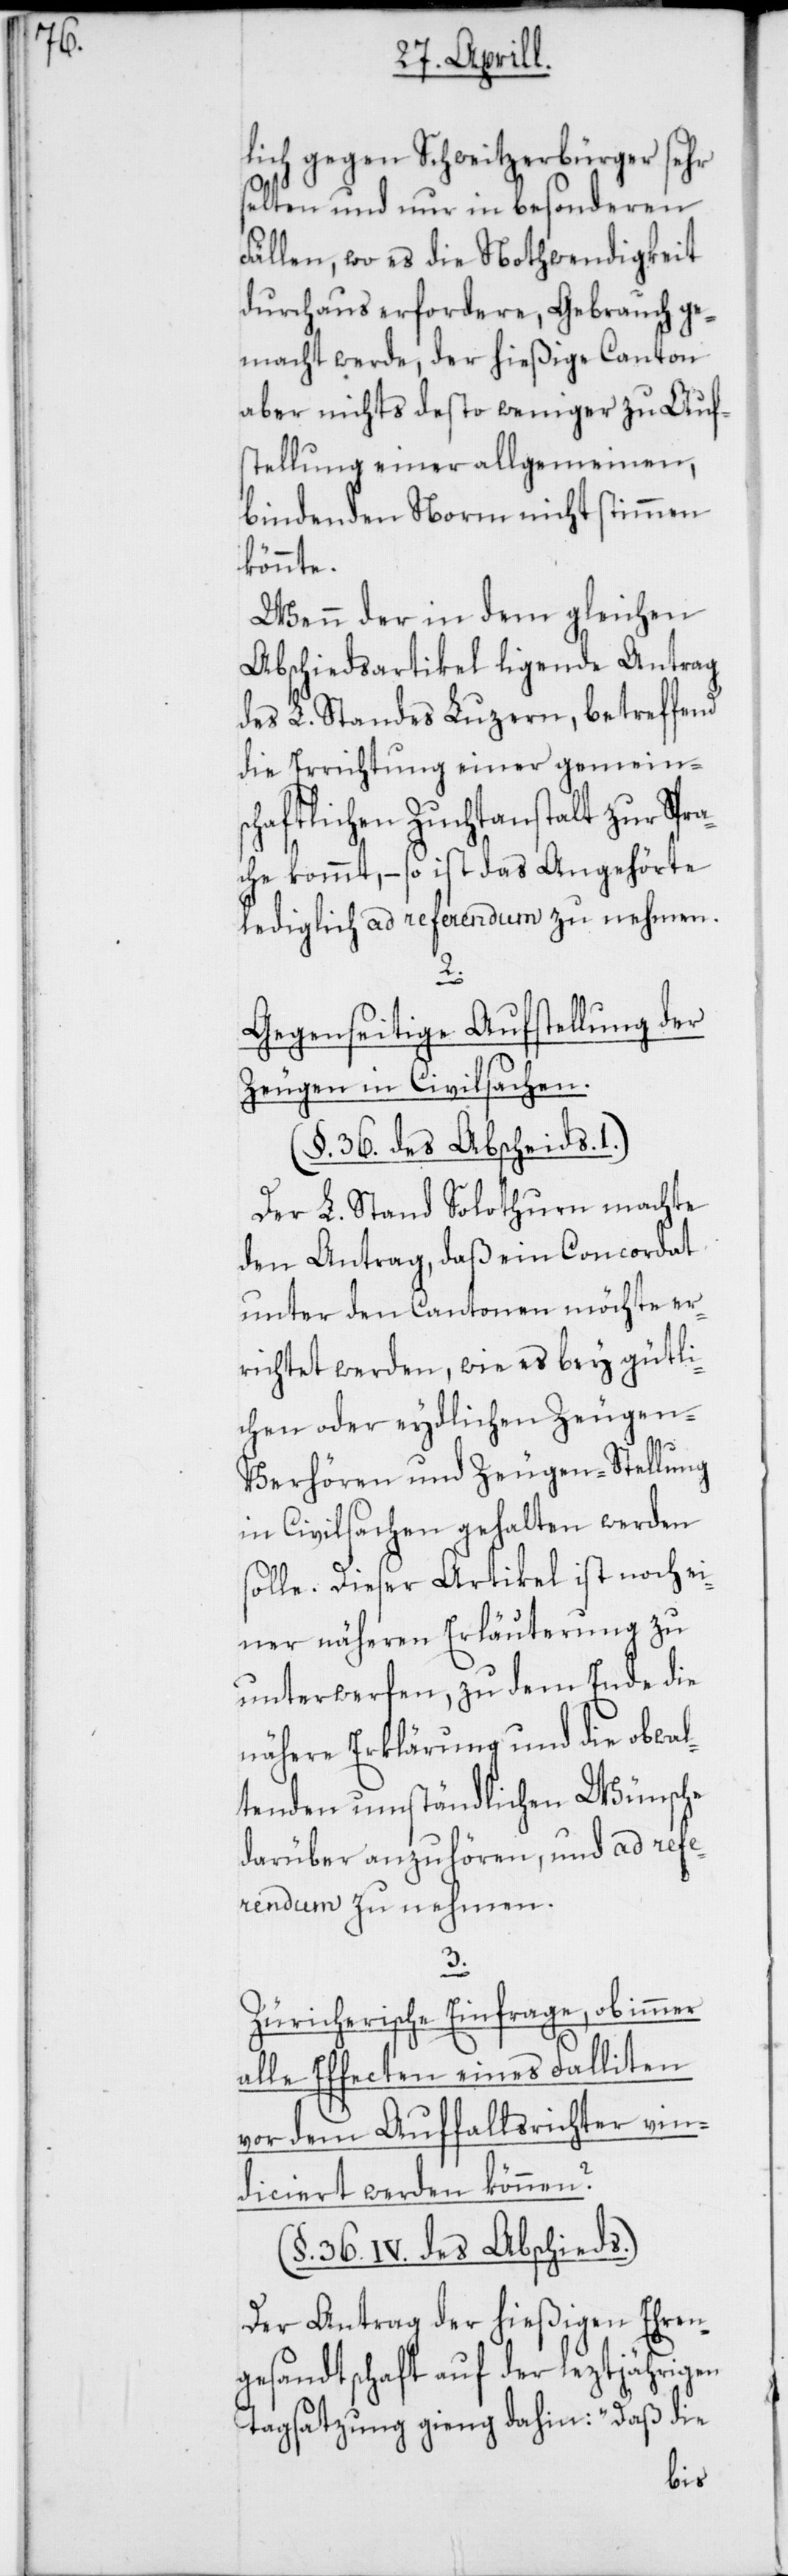
lich gegen Schweitzerbürger sehr
selten und nur in besonderen
Fällen, wo es die Nothwendigkeit
durchaus erfordere, Gebrauch ge¬
macht werde, der hießige Canton
aber nichts desto weniger zu Auf¬
stellung einer allgemeinen,
bindenden Norm nicht stimmen
könnte.
Wenn der in dem gleichen
Abschiedsartikel ligende Antrag
des L. Standes Luzern, betreffend
die Errichtung einer gemeins¬
chaftlichen Zuchtanstalt zur Spr¬
ache kommt, – so ist das Angehörte
lediglich ad referendum zu nehmen.
Gegenseitige Aufstellung der
Zeugen in Civilsachen.
(§. 36. des Abscheids.
Der L. Stand Solothurn machte
den Antrag, daß ein Concordat
unter den Cantonen möchte er¬
richtet werden, wie es bey gütli¬
chen oder eydlichen Zeugen-V¬
erhören und Zeugen-Stellung
in Civilsachen gehalten werden
solle. Dieser Artikel ist noch ei¬
ner näheren Erläuterung zu
unterwerfen, zu dem Ende die
nähere Erklärung und die obwal¬
tenden umständlichen Wünsche
darüber anzuhören, und ad refer¬
endum zu nehmen.
Züricherische Einfrage, ob immer
alle Effecten eines Falliten
vor dem Auffallsrichter vin¬
diciert werden können?
(§. 36. IV. des Abschieds.)
Der Antrag der hießigen Ehren¬
gesandtschaft auf der leztjährigen
Tagsatzung ging dahin: „Daß die